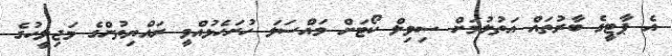
އެ ޕާޓީގެ ބާރުތައް އަތުލުމަށް ސިވިލް ކޯޓަށް މަައްސަލަ ހުށަހެޅުއްވީ ރައްޔިތުންގެ މަޖިލީހުގެ